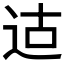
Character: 𫐢